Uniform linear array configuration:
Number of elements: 4
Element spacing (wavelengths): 0.25
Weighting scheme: kaiser
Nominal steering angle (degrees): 60
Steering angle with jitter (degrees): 60.032
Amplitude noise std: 0.05
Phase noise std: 0.05

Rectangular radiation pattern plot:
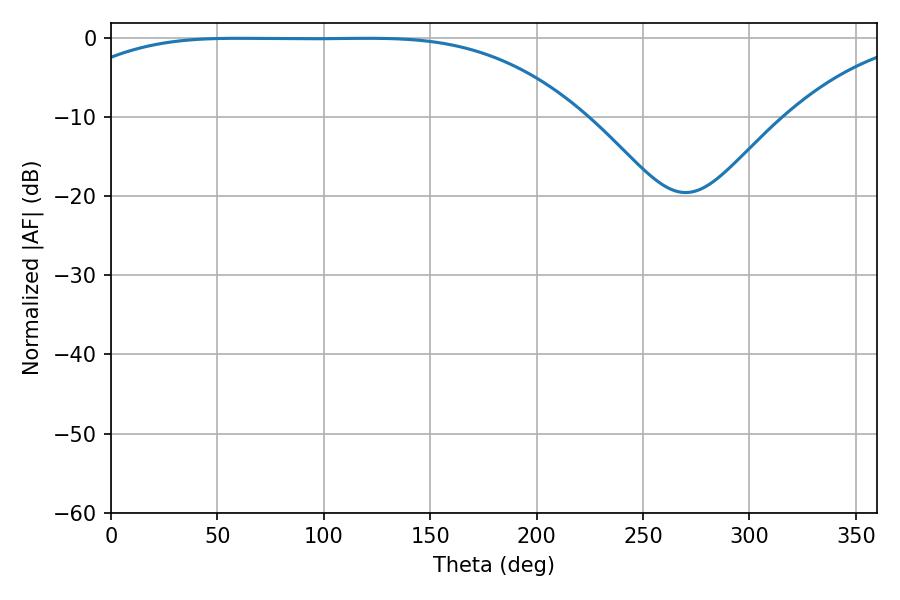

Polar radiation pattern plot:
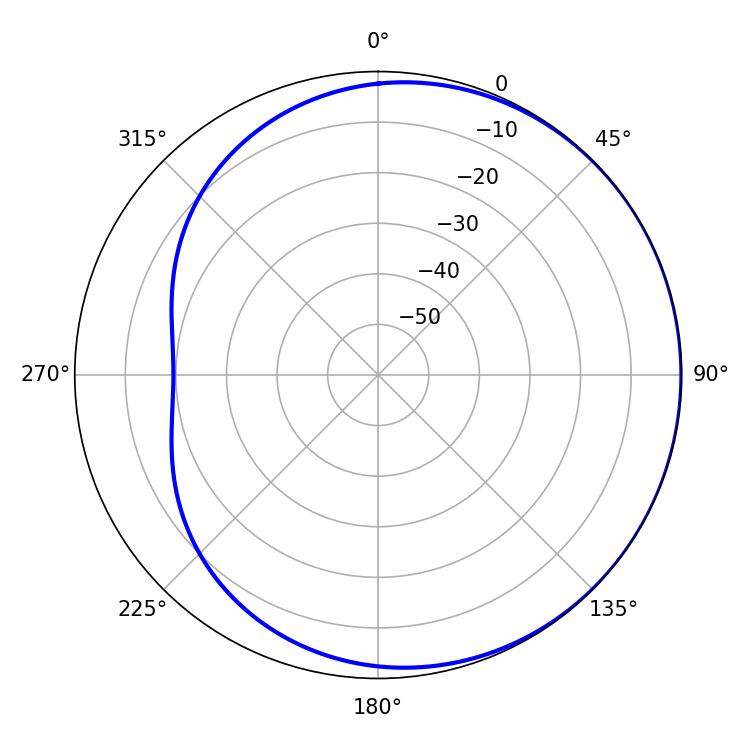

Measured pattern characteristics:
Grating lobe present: FALSE
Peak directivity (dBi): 0.5829
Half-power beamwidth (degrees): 185.4
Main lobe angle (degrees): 59.4